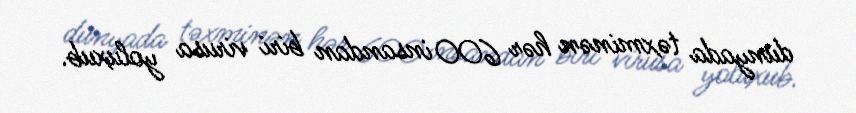
dünyada təxminən hər 600 insandan biri virusa yoluxub.